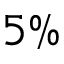
5 \%